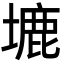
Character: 塶